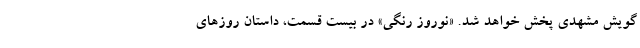
گویش مشهدی پخش خواهد شد. «نوروز رنگی» در بیست قسمت، داستان روزهای